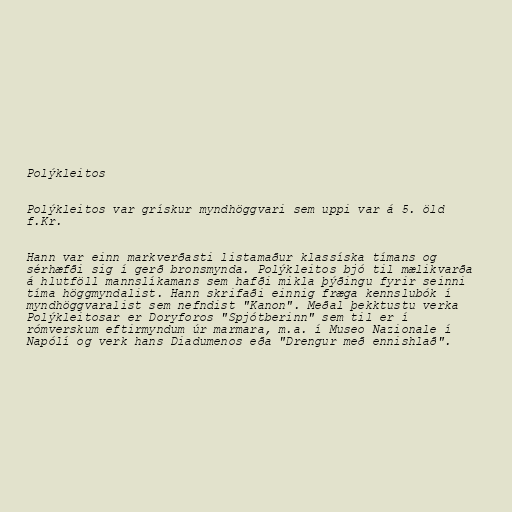
Polýkleitos

Polýkleitos var grískur myndhöggvari sem uppi var á 5. öld
f.Kr.

Hann var einn markverðasti listamaður klassíska tímans og
sérhæfði sig í gerð bronsmynda. Polýkleitos bjó til mælikvarða
á hlutföll mannslíkamans sem hafði mikla þýðingu fyrir seinni
tíma höggmyndalist. Hann skrifaði einnig fræga kennslubók í
myndhöggvaralist sem nefndist "Kanon". Meðal þekktustu verka
Polýkleitosar er Doryforos "Spjótberinn" sem til er í
rómverskum eftirmyndum úr marmara, m.a. í Museo Nazionale í
Napólí og verk hans Diadumenos eða "Drengur með ennishlað".